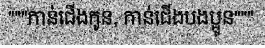
"""កាន់ជើងកូន, កាន់ជើងបងប្អូន"""